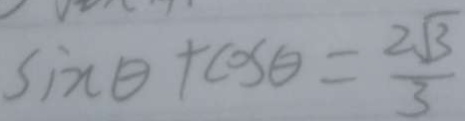
\sin \theta + \cos \theta = \frac { 2 \sqrt { 3 } } { 3 }